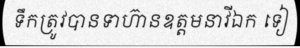
ទឹកត្រូវបានទាហ៊ានឧត្តមនាវីឯក ទៀ